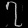
Digit: ၇